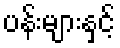
ပန်းများနှင့်